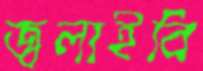
জ্বলাইবি